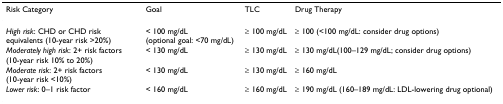
<table><thead><tr><td><b>Risk Category</b></td><td><b>Goal</b></td><td><b>TLC</b></td><td><b>Drug Therapy</b></td></tr></thead><tbody><tr><td><i>High risk</i>: CHD or CHD risk equivalents (10-year risk &gt;20%)</td><td>&lt; 100 mg/dL (optional goal: &lt;70 mg/dL)</td><td>≥ 100 mg/dL</td><td>≥ 100 (&lt;100 mg/dL: consider drug options)</td></tr><tr><td><i>Moderately high risk</i>: 2+ risk factors (10-year risk 10% to 20%)</td><td>&lt; 130 mg/dL</td><td>≥ 130 mg/dL</td><td>≥ 130 mg/dL(100–129 mg/dL; consider drug options)</td></tr><tr><td><i>Moderate risk</i>: 2+ risk factors (10-year risk &lt;10%)</td><td>&lt; 130 mg/dL</td><td>≥ 130 mg/dL</td><td>≥ 160 mg/dL</td></tr><tr><td><i>Lower risk</i>: 0–1 risk factor</td><td>&lt; 160 mg/dL</td><td>≥ 160 mg/dL</td><td>≥ 190 mg/dL (160–189 mg/dL: LDL-lowering drug optional)</td></tr></tbody></table>